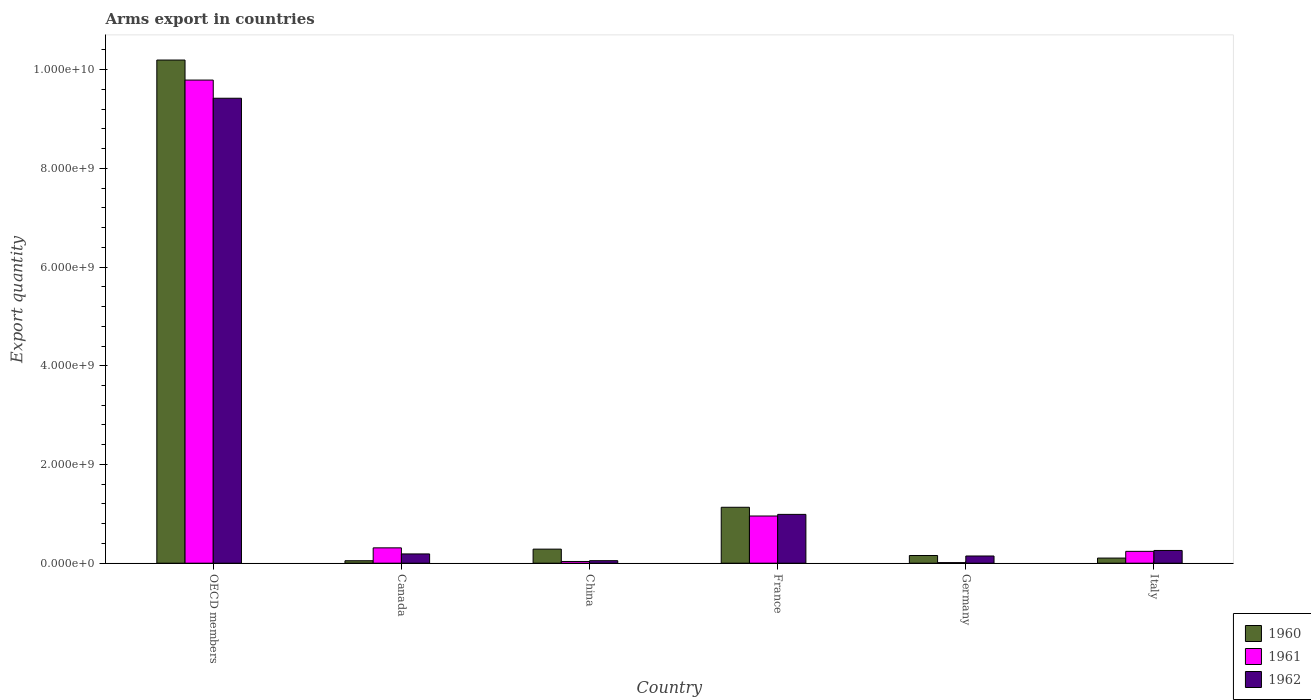
| Country | 1960 | 1961 | 1962 |
 | --- | --- | --- | --- |
 | OECD members | 1.02e+10 | 9.79e+09 | 9.42e+09 |
 | Canada | 5e+07 | 3.11e+08 | 1.88e+08 |
 | China | 2.85e+08 | 3.5e+07 | 5.1e+07 |
 | France | 1.13e+09 | 9.56e+08 | 9.89e+08 |
 | Germany | 1.56e+08 | 1.2e+07 | 1.46e+08 |
 | Italy | 1.04e+08 | 2.4e+08 | 2.58e+08 |